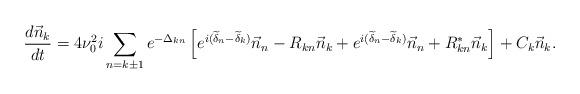
LaTeX: \begin{align*} {d\vec{n}_k \over dt } = 4\nu _0^2 i\sum_{n=k\pm1}^{} e^{-\Delta _{kn}}\left[e^{i(\widetilde{\delta }_n -\widetilde{\delta }_k)} \vec{n}_n -R_{kn}\vec{n}_k +e^{i(\widetilde{\delta }_n - \widetilde{\delta }_k)} \vec{n}_n+R_{kn}^*\vec{n}_k \right] + C_k\vec{n}_k .\end{align*}